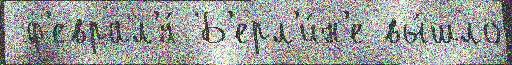
 ф'еврал'я́ Б'ерл'и́н'е вы́шло